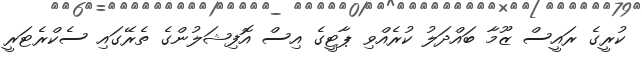
ކުރީގެ ރައީސް ޒޫމާ ބައްދަލު ކުރެއްވި ޕާޓީގެ އިސް އޮފިޝަލުންގެ ތެރޭގައި ސެކްރެޓަރީ